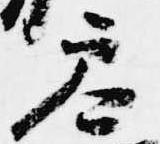
参